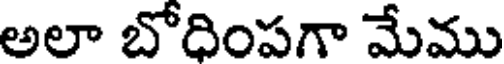
అలా బోదింపగా మేము